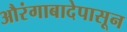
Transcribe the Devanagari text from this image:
औरंगाबादेपासून